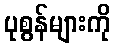
ပုစွန်များကို